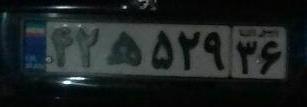
۴۲ه۵۲۳۶